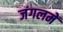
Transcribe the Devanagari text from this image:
जंगलमें